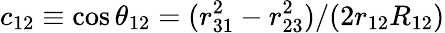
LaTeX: c_{12}\equiv\cos{\theta_{12}}=(r_{31}^{2}-r_{23}^{2})/(2r_{12}R_{12})